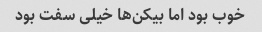
خوب بود اما بیکن‌ها خیلی سفت بود